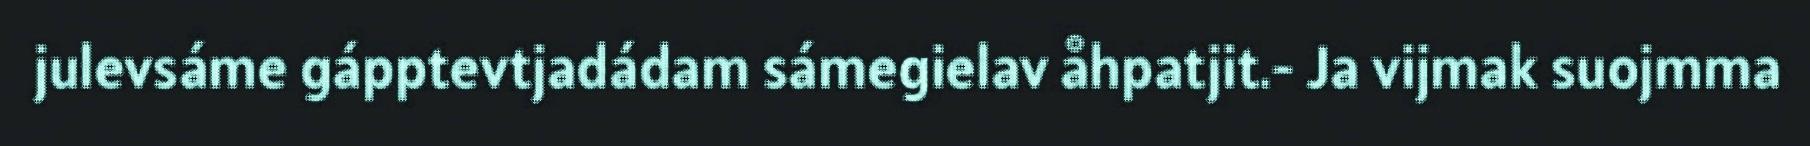
julevsáme gápptevtjadádam sámegielav åhpatjit.- Ja vijmak suojmma